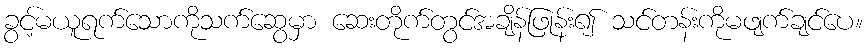
ခွင့်မယူရက်သောကိုသက်ဆွေမှာ ဆေးတိုက်တွင်အချိန်ဖြုန်း၍ သင်တန်းကိုမဖျက်ချင်ပေ။